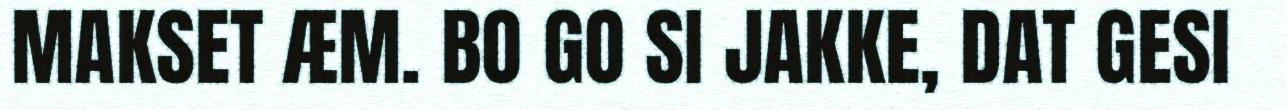
MAKSET ÆM. BO GO SI JAKKE, DAT GESI